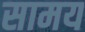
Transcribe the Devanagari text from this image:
सामय